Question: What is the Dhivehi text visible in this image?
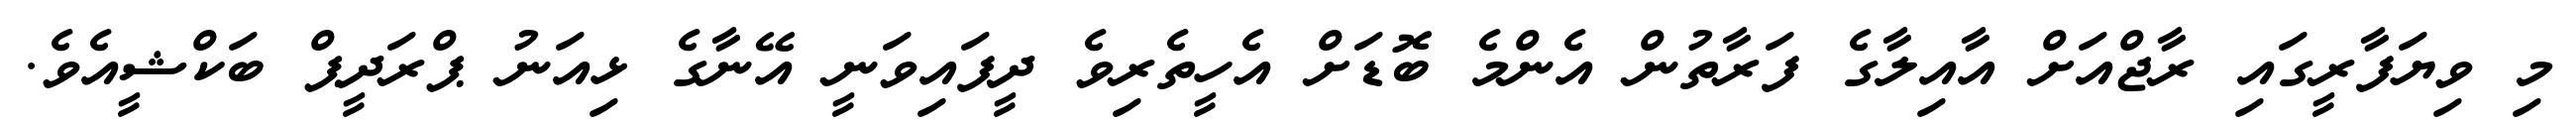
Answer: މި ވިޔަފާރީގައި ރާޖްއަށް އާއިލާގެ ފަރާތުން އެންމެ ބޮޑަށް އެހީތެރިވެ ދީފައިވަނީ އޭނާގެ ޅިއަނު ޕްރަދީޕް ބަކްޝީއެވެ.